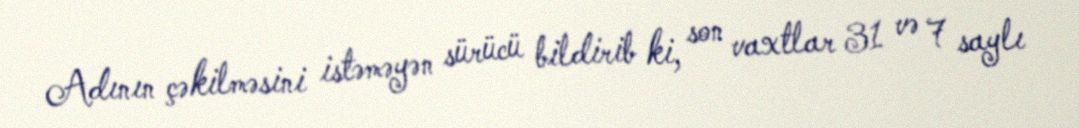
Adının çəkilməsini istəməyən sürücü bildirib ki, son vaxtlar 31 və 7 saylı